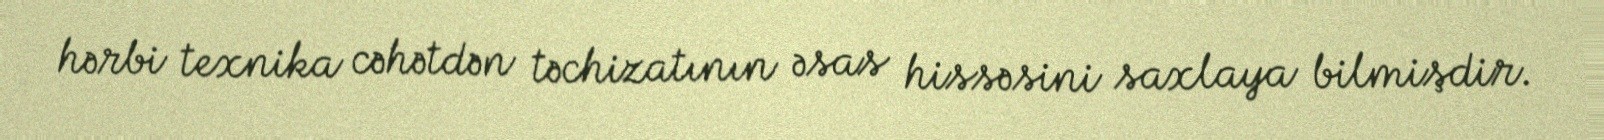
hərbi texnika cəhətdən təchizatının əsas hissəsini saxlaya bilmişdir.